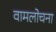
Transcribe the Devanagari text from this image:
वामलोचना